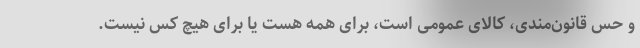
و حس قانون‌مندی، کالای عمومی است، برای همه هست یا برای هیچ کس نیست.